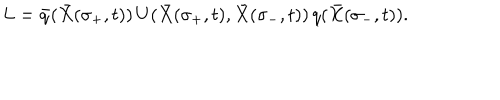
LaTeX: L = { \bar { q } } ( { \bar { X } } ( \sigma _ { + } , t ) ) \, U ( { \bar { X } } ( \sigma _ { + } , t ) , { \bar { X } } ( \sigma _ { - } , t ) ) \, q ( { \bar { X } } ( \sigma _ { - } , t ) ) .